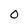
Character: O